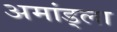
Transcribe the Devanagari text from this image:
अमांड्ला